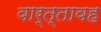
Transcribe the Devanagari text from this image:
वार्त्तावह